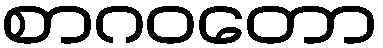
စာဂဝတော